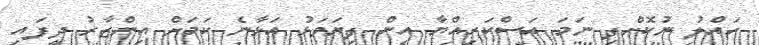
ހައްލު ނުކޮށްފި ނަމަ އަސްކަރިއްޔާ އިން ފިޔަވަޅު އަޅާނެ ކަމަށް އިންޒާރު ދީފައި